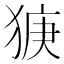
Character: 㹹